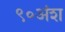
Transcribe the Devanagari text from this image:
९०अंश